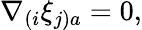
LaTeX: \nabla_{(i}\xi_{j)a}=0,